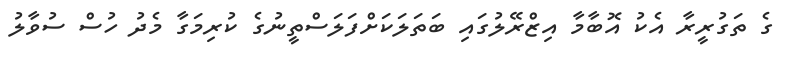
ގެ ތަގުރީރާ އެކު އޮބާމާ އިޒްރޭލުގައި ބަތަލަކަށްފަލަސްތީނުގެ ކުރިމަގާ މެދު ހުސް ސުވާލު